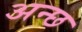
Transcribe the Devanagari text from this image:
अन्छ